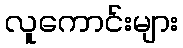
လူကောင်းများ